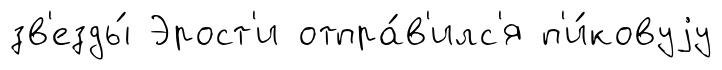
зв'езды́ Эрост'и отпра́в'илс'я п'и́ковуjу